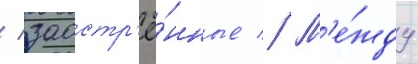
/ заостр'ё́нные // М'е́жду